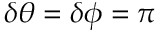
\delta \theta = \delta \phi = \pi